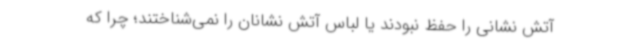
آتش نشانی را حفظ نبودند یا لباس آتش نشانان را نمی‌شناختند؛ چرا که